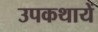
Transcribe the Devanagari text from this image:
उपकथायें